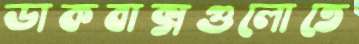
ডাকবাক্সগুলোতে